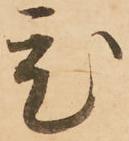
ひ